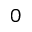
0